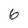
Character: 6